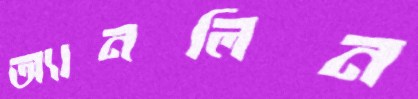
অ্যানলিন